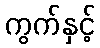
ကွက်နှင့်